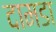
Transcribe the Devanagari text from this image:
दामडा